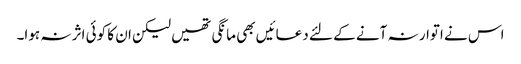
اس نے اتوار نہ آنے کے لئے دعائیں بھی مانگی تھیں لیکن ان کا کوئی اثر نہ ہوا۔